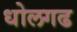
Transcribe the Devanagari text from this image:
धोलगढ